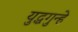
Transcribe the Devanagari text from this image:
युद्धगुन्हे